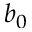
b _ { 0 }